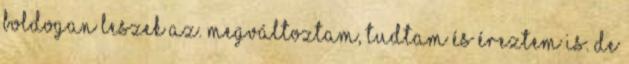
boldogan leszek az. Megváltoztam, tudtam és éreztem is. De